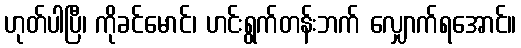
ဟုတ်ပါပြီ၊ ကိုခင်မောင်၊ ဟင်းရွက်တန်းဘက် လျှောက်ရအောင်။